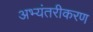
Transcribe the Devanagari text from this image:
अभ्यंतरीकरण